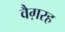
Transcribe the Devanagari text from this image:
वैग़रह